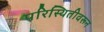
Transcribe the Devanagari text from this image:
परिस्थितीवरून